Vaccination Hyderabad 1872-1889 - 1872-1889
Year: 1872
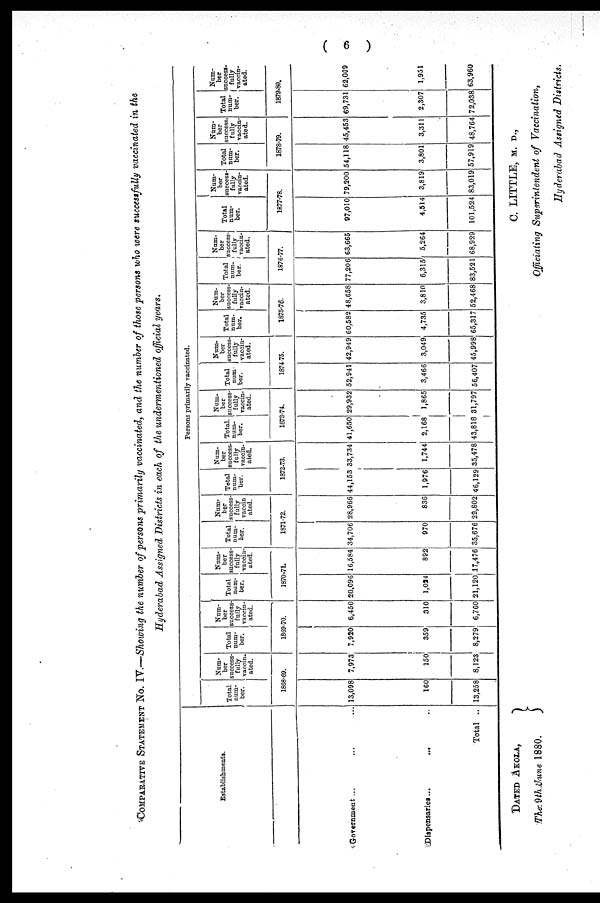
( 6 )
COMPARATIVE STATEMENT No. IV.—Showing the number of persons primarily vaccinated, and the number of those persons who were successfully vaccinated in the
Hyderabad Assigned Districts in each of the undermentioned official years.
Establishments.
Government... ... ...
Dispensaries...
... ...
Total ..
Persons primarily vaccinated.
Total
num-
ber.
Num-
ber
success-
fully
vaccin-
ated.
1868-69.
13,098
160
13,258
7,973
150
8,123
Total
num-
ber.
Num-
ber
success-
fully
vaccin-
ated.
1869-70.
7,920
359
8,279
6,450
310
6,760
Total
num-
ber.
Num-
ber
success-
fully
vaccin-
ated.
1870-71
20,096
1,024
21,120
16,584
892
17,476
Total
num-
ber.
Num-
ber
success
fully
vaccin
ated.
1871-72.
34,706
970
35,676
28,966
836
29,802
Total
num-
ber.
Num-
ber
success-
fully
vaccin-
ated.
1872-73.
44,153
1,976
46,129
33,734
1,744
35,478
Total
num-
ber.
Num-
ber
success-
fully
vaccin-
ated.
1873-74.
41,650
2,168
43,818
29,932
1,865
31,797
Total
num-
ber.
Num-
ber
success-
fully
vaccin-
ated.
1874-75.
52,941
3,466
56,407
42,949
3,049
45,998
Total
num-
ber.
Num-
ber
success-
fully
vaccin-
ated.
1875-76.
60,582
4,735
65,317
48,658
3,810
52,468
Total
num-
ber.
Num-
ber
success¬
fully
vaccin-
ated.
1876-77.
77,206
6,315
83,521
63,665
5,264
68,929
Total
num-
ber.
Num-
ber
success-
fully
vaccin-
ated.
1877-78.
97,010
4,514
101,524
79,200
3,819
83,019
Total
num-
ber.
Num-
ber
success-
fully
vaccin-
ated.
1878-79.
54,118
3,801
57,919
45,453
3,311
48,764
Total
num-
ber.
Num-
ber
success.
vaccin-
ated.
1879-80.
69,731
2,307
72,038
62,009
1,951
63,960
DATED AKOLA,
The 9th June 1880.
C. LITTLE, M. D.,
Officiating Superintendent of Vaccination,
Hyderabad Assigned Districts.